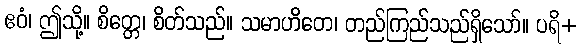
ဧဝံ၊ ဤသို့။ စိတ္တေ၊ စိတ်သည်။ သမာဟိတေ၊ တည်ကြည်သည်ရှိသော်။ ပရိ+